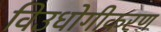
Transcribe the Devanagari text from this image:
विउधोगीकरण